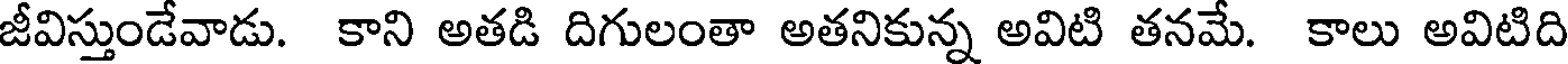
జీవిస్తుండేవాడు. కాని అతడి దిగులంతా అతనికున్న అవిటి తనమే. కాలు అవిటిది